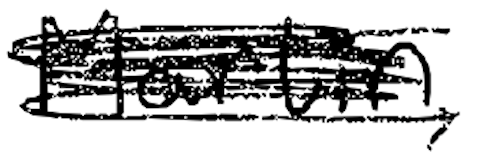
Text: Martin,
Cross-out: scratch
Writing tool: digital_black